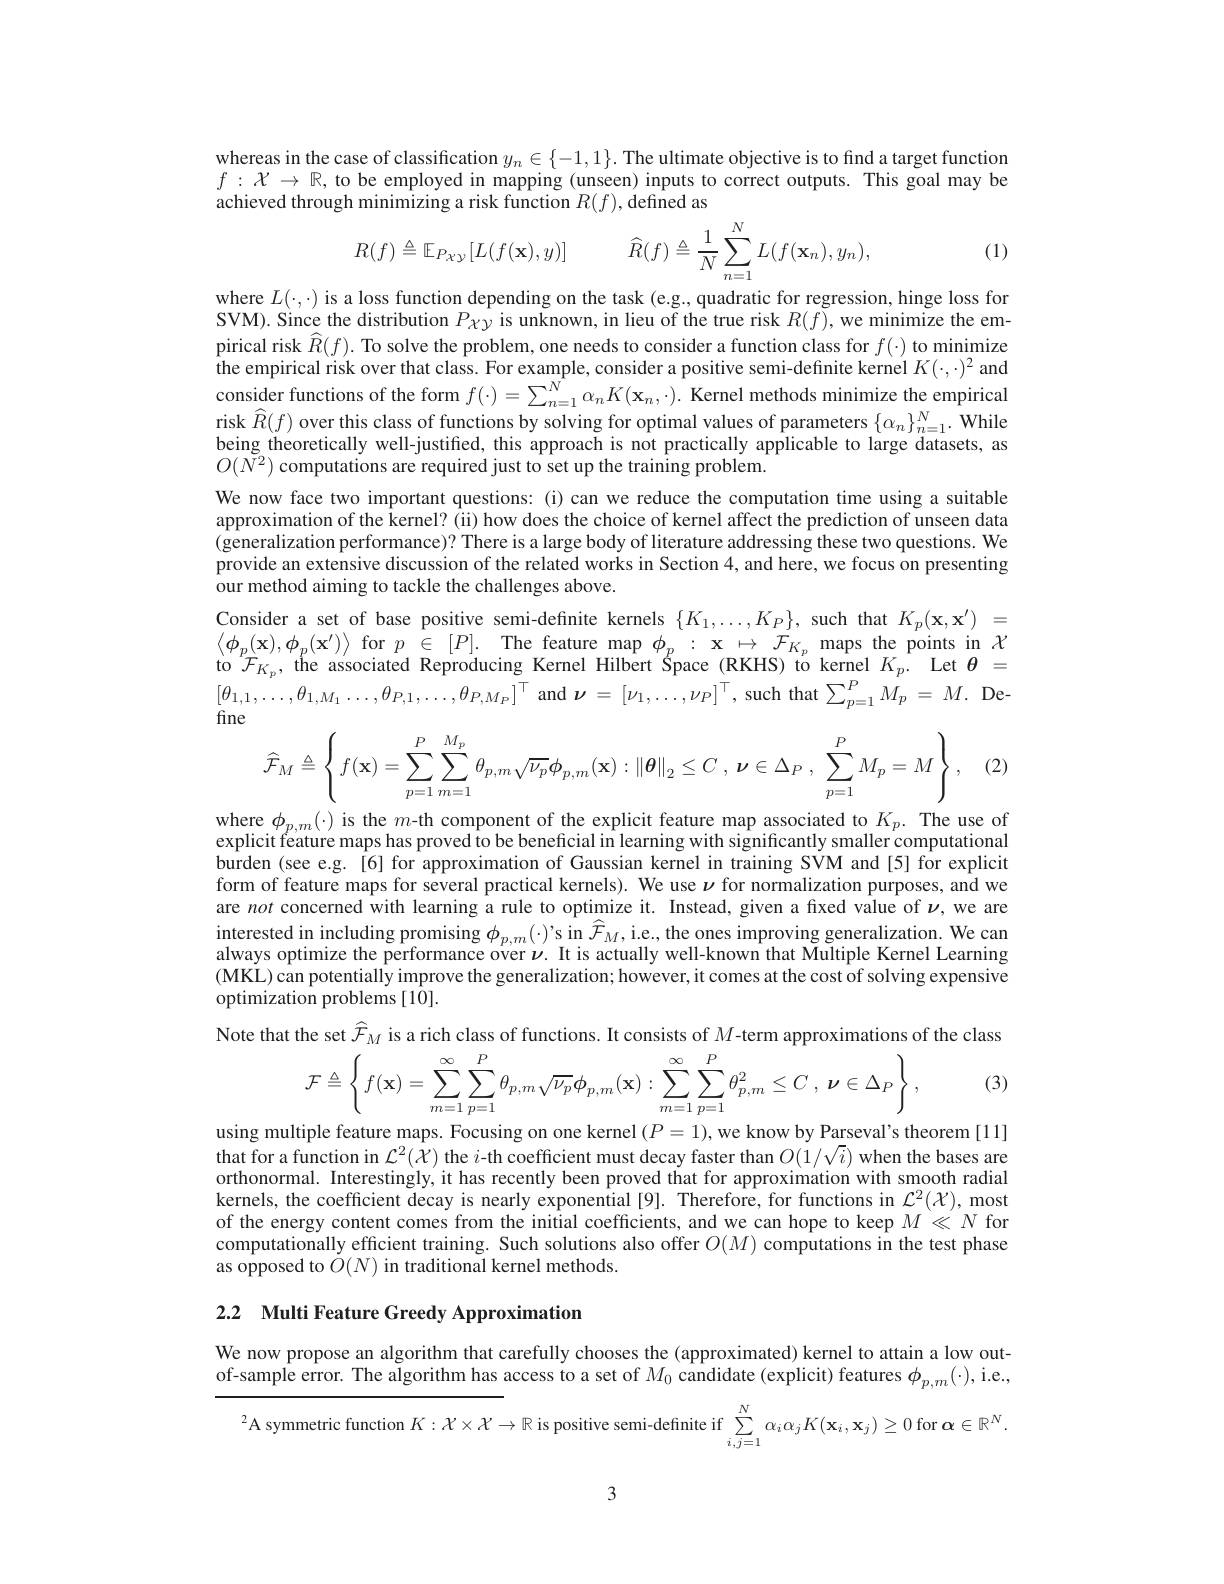
whereas in the case of classification $y_n\in\{-1,1\}.$ The ultimate objective is to find a target function $f:\mathcal{X}\to\mathbb{R}$, to be employed in mapping (unseen) inputs to correct outputs. This goal may be achieved through minimizing a risk function $R(f)$,defined as

(1)
$$R(f)\triangleq\mathbb{E}_{P_{XY}}[L(f(\mathbf{x}),y)]\quad\widehat{R}(f)\triangleq\frac{1}{N}\sum_{n=1}^{N}L(f(\mathbf{x}_{n}),y_{n}),$$
where $L(\cdot,\cdot)$ is a loss function depending on the task (e.g., quadratic for regression, hinge loss for SVM). Since the distribution $P_{\chi y}$ is unknown, in lieu of the true risk $R(f)$, we minimize the empirical risk $\widehat{R}(f).$ To solve the problem, one needs to consider a function class for $f(\cdot)$ to minimize $\hat{\text{the empirical risk over that class. For example, consider a positive semi-definite kernel }K(\cdot,\cdot)^2\mathrm{~and}}$ consider functions of the form $f(\cdot)=\sum_{n=1}^{N}\alpha_nK(\mathbf{x}_n,\cdot).$ Kernel methods minimize the empirical risk $\widehat{R}(f)$ over this class of functions by solving for optimal values of parameters $\{\alpha_n\}_n=1^N.$ While being theoretically well-justified, this approach is not practically applicable to large datasets, as $O(\breve{N}^{2})$ computations are required just to set up the training problem.
We now face two important questions: (i) can we reduce the computation time using a suitable approximation of the kernel? (ii) how does the choice of kernel affect the prediction of unseen data (generalization performance)? There is a large body of literature addressing these two questions. We provide an extensive discussion of the related works in Section 4,and here, we focus on presenting our method aiming to tackle the challenges above.
Consider a set of base positive semi-definite kernels $\{K_1,\ldots,K_P\}$, such that $K_p(\mathbf{x},\mathbf{x}^{\prime})=$ $\begin{array}{ll}{\langle\phi_{p}(\mathbf{x}),\phi_{p}(\mathbf{x}^{\prime})\rangle\mathrm{~for~}p\in[P].\mathrm{~The~feature~map~}\phi_{p}:\mathbf{x}\mapsto\mathcal{F}_{K_{p}}\mathrm{~maps~the~points~in~}\mathcal{X}}\\{\mathrm{to~}\mathcal{F}_{K_{p}},\mathrm{~the~associated~Reproducing~Kernel~Hilbert~Space~(RKHS)~to~kernel~}K_{p}.\mathrm{~Let~}\theta=}\end{array}$ $[\theta_{1,1},\ldots,\theta_{1,M_{1}}\ldots,\theta_{P,1},\ldots,\theta_{P,M_{P}}]^{\top}$and$\nu=[\nu_{1},\ldots,\nu_{P}]^{\top}$,such that$\sum_p=1^{P}M_{p}=M.$Define
$$\widehat{\mathcal{F}}_{M}\triangleq\left\{f(\mathbf{x})=\sum_{p=1}^{P}\sum_{m=1}^{M_{p}}\theta_{p,m}\sqrt{\nu_{p}}\phi_{p,m}(\mathbf{x}):\left\|\boldsymbol{\theta}\right\|_{2}\leq C\:,\:\boldsymbol{\nu}\in\Delta_{P}\:,\:\sum_{p=1}^{P}M_{p}=M\right\},$$
(2)

where $\phi_{p,m}(\cdot)$ is the $m$-th component of the explicit feature map associated to $K_p.$ The use of explicit féature maps has proved to be beneficial in learning with significantly smaller computational burden (see e.g.[6] for approximation of Gaussian kernel in training SVM and [5] for explicit form of feature maps for several practical kernels). We use $\nu$ for normalization purposes, and we are not concerned with learning a rule to optimize it. Instead, given a fixed value of $\nu$, we are $\begin{array}{l}\text{interested in including promising }\phi_{p,m}(\cdot)’\text{s in }\widehat{\mathcal{F}}_{M},\text{i.e., the ones improving generalization. We can}\\\text{aluvo ontimiz tha norformonco var ur It ic ontuoll knouvn thot Multinba Kornal I ocrning}\end{array}$ always optimize the performance over $\nu.$ It is actually well-known that Multiple Kernel Learning (MKL) can potentially improve the generalization; however, it comes at the cost of solving expensive optimization problems [10].
Note that the set $\widehat{\mathcal{F}}_M$ is a rich class of functions. It consists of $M$-term approximations of the class
$$\mathcal{F}\triangleq\left\{f(\mathbf{x})=\sum_{m=1}^{\infty}\sum_{p=1}^{P}\theta_{p,m}\sqrt{\nu_{p}}\phi_{p,m}(\mathbf{x}):\sum_{m=1}^{\infty}\sum_{p=1}^{P}\theta_{p,m}^{2}\leq C\:,\:\nu\in\Delta_{P}\right\},$$
(3)

using multiple feature maps. Focusing on one kernel $(P=1)$, we know by Parseval's theorem [11]

that for a function in $\mathcal{L}^2(\mathcal{X})$ the $i$-th coefficient must decay faster than $O(1/\sqrt{i})$ when the bases are orthonormal. Interestingly, it has recently been proved that for approximation with smooth radial kernels, the coefficient decay is nearly exponential [9]. Therefore, for functions in $\mathcal{L}^2(\mathcal{X})$, most of the energy content comes from the initial coefficients, and we can hope to keep $M\ll N$ for computationally efficient training. Such solutions also offer $O(M)\hat{\text{computations in the test phase}}$ as opposed to $\tilde{O}(N)$ in traditional kernel methods.

2.2 Multi Feature Greedy Approximation

We now propose an algorithm that carefully chooses the (approximated) kernel to attain a low outof-sample error. The algorithm has access to a set of $M_0$ candidate (explicit) features $\phi_p,m(\cdot)$,i.e.,

$^{2}$A symmetric function $K:\mathcal{X}\times\mathcal{X}\to\mathbb{R}$ is positive semi-definite if $\sum_i=1^{N}\alpha_i\alpha_jK(\mathbf{x}_i,\mathbf{x}_j)\geq0$ for $\boldsymbol{\alpha}\in\mathbb{R}^N$

3